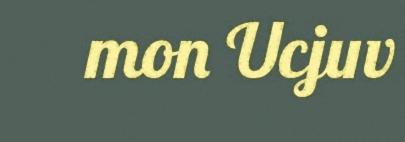
mon Ucjuv